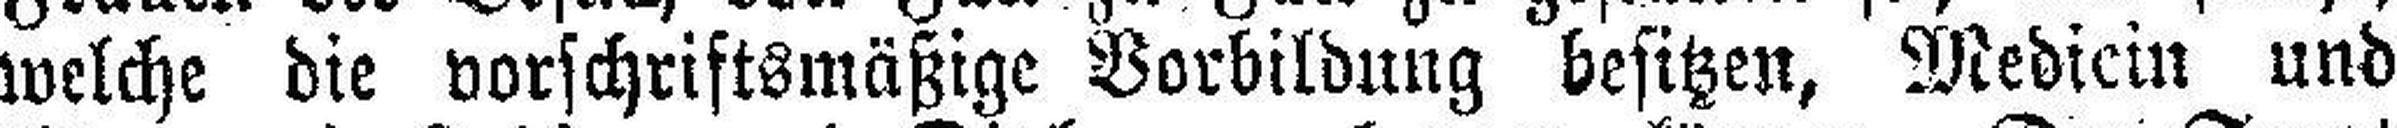
welche die vorschriftsmäßige Vorbildung besitzen, Medicin und